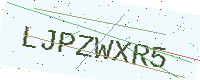
Text: LJPZWXR5